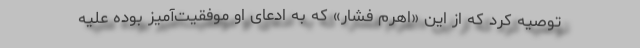
توصیه کرد که از این «اهرم فشار» که به ادعای او موفقیت‌آمیز بوده علیه